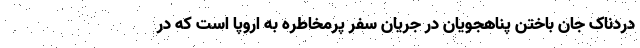
دردناک جان باختن پناهجویان در جریان سفر پرمخاطره به اروپا است که در